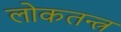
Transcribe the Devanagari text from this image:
लोकतन्‍त्र